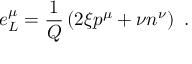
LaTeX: e _ { L } ^ { \mu } = \frac { 1 } { Q } \left( 2 \xi p ^ { \mu } + \nu n ^ { \nu } \right) \ .